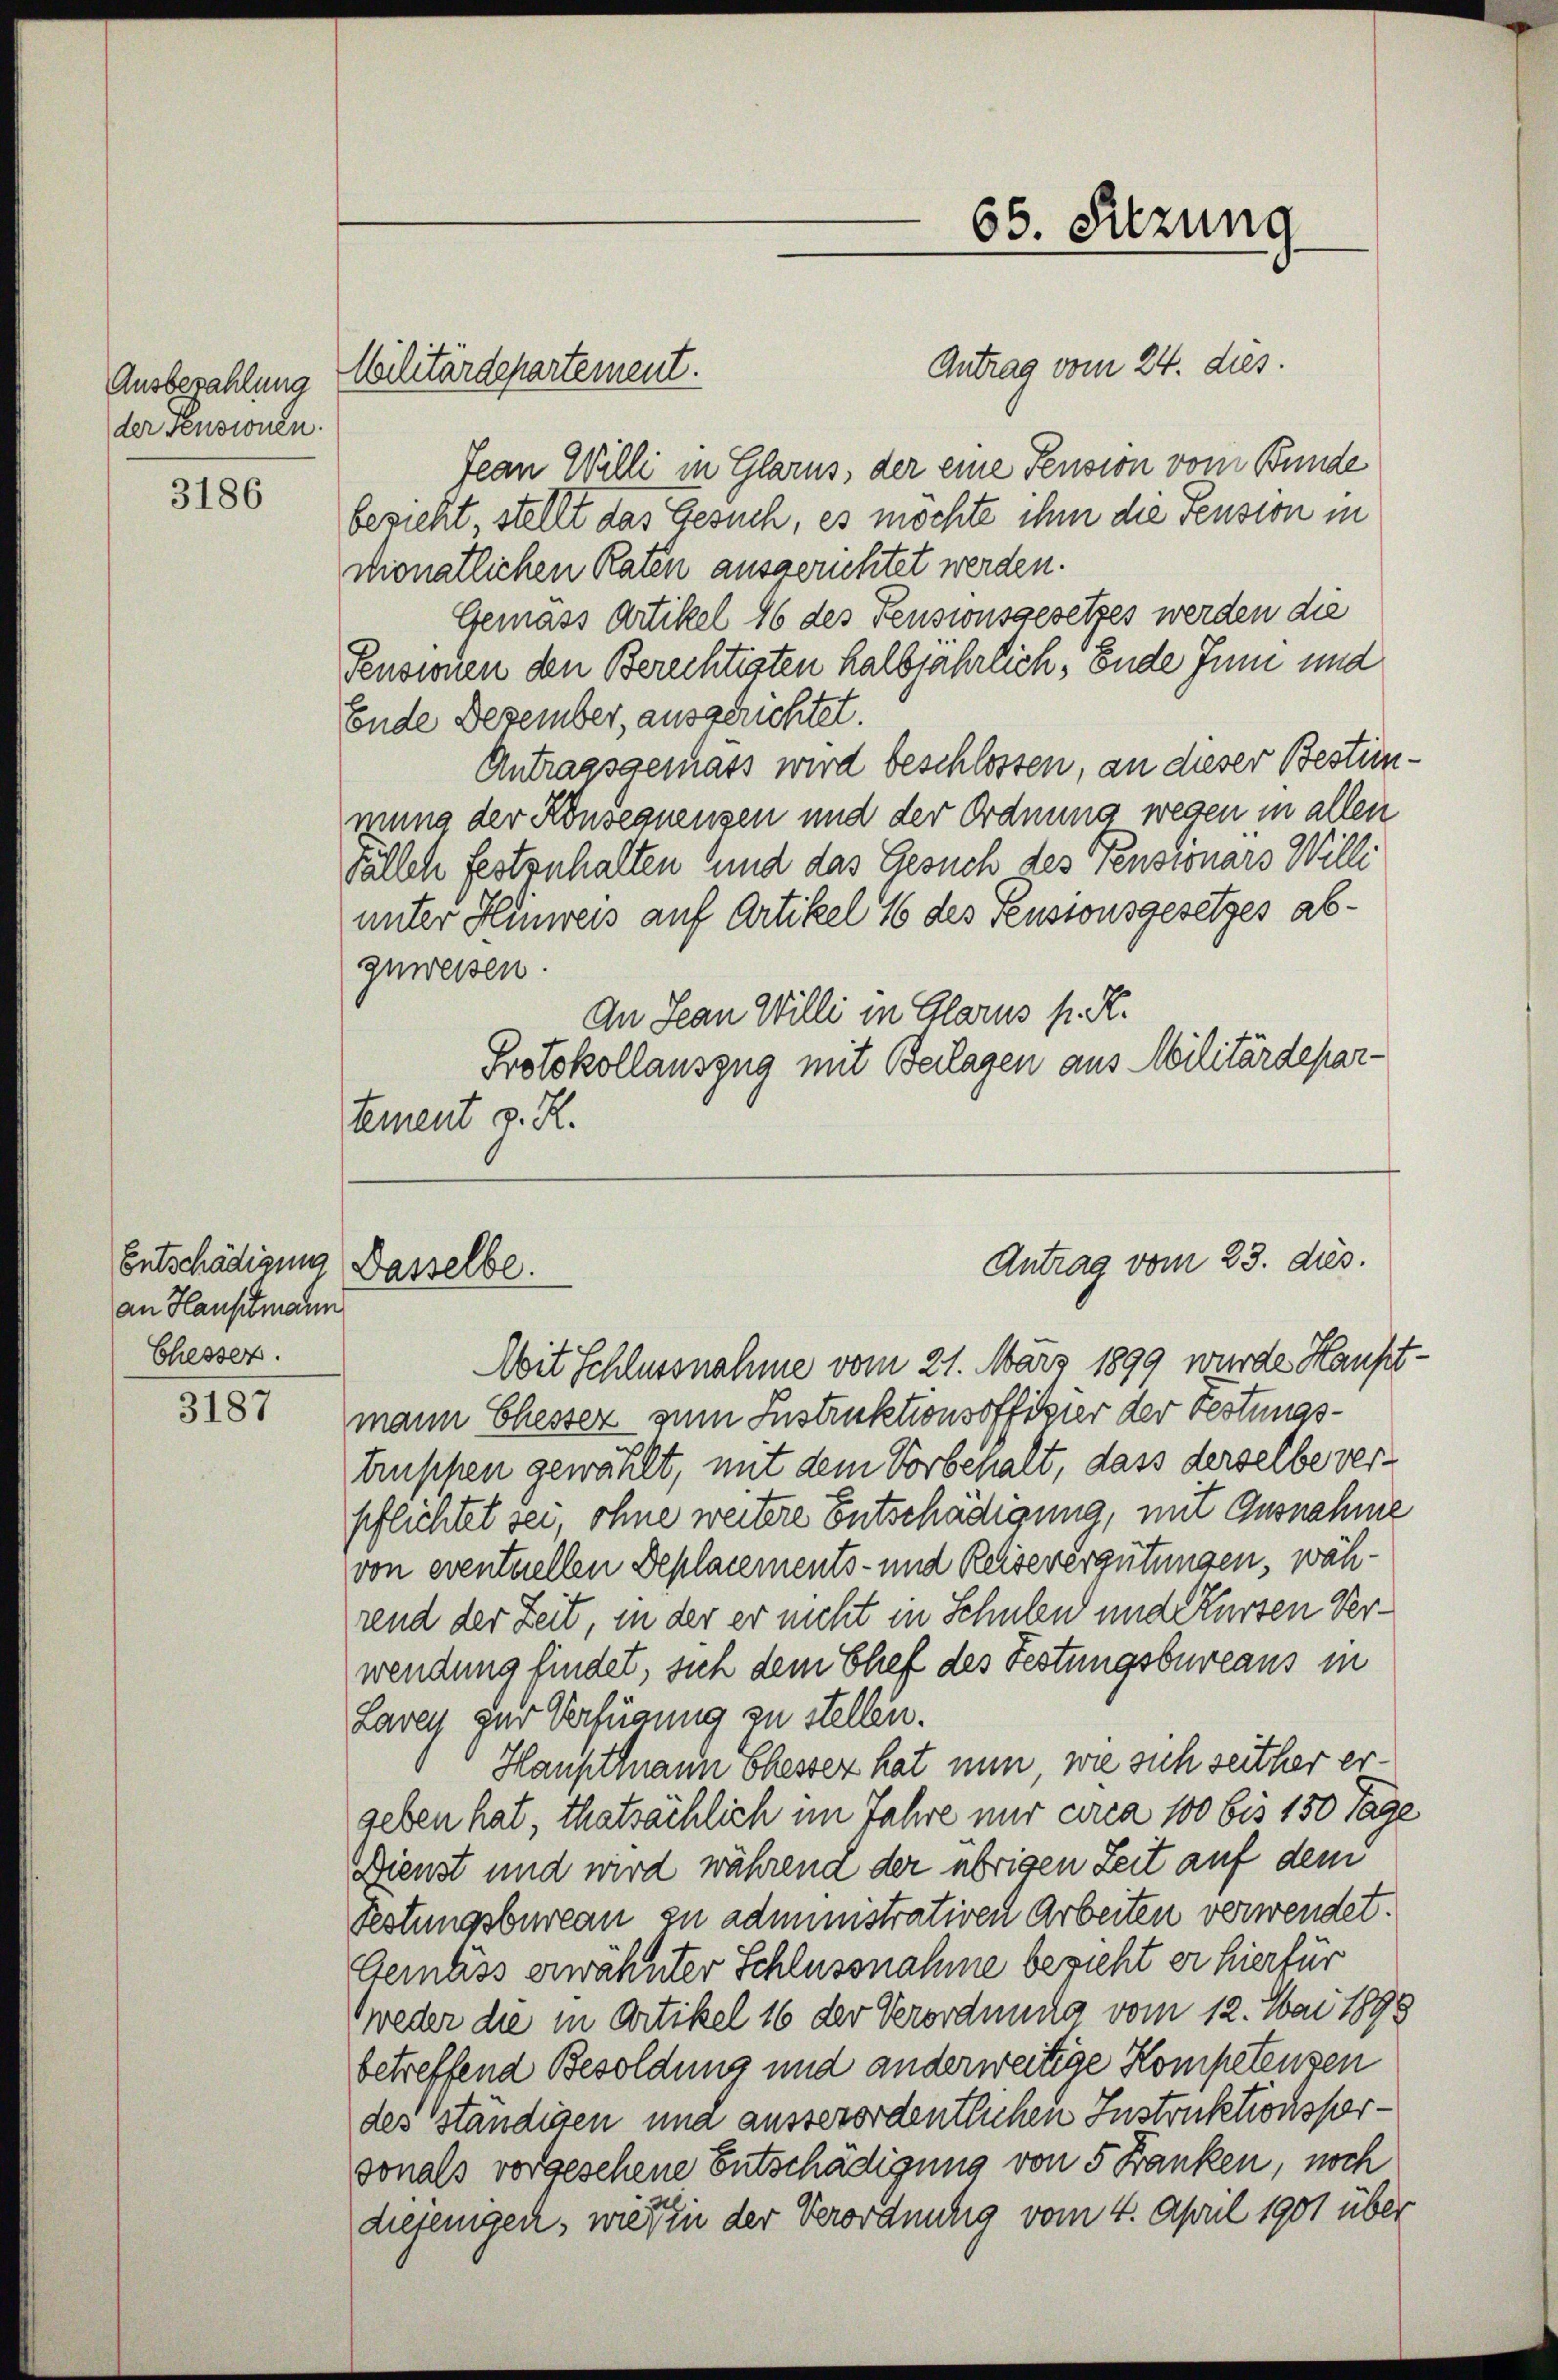
der sensionen.

3186

Entschädigung Basselbe.
an Hauptmann
Chesser.

3187

Antrag vom 24. dies.
Jean Willi in Glarus, der eine Pension vom Bunde
besicht, stellt das Gesuch, es möchte ihm die Pension in
monatlichen Raten ausgerichtet werden.
Gemäss Artikel 16 des Pensionsgesetzes werden die
Pensionen den Berichtigten halbjährlich, Ende Juni und
Ende Dezember, ausgerichtet.
Antragsgemäss wird beschlossen, an dieser Bestinmung der Konsequensen und der Ordnung wegen in allen
Fällch festzuhalten und das Gesuch des Pensionars Willi
unter Hinweis auf Artikel 16 des Pensionsgesetzes abgewessen.
An Jean Willi in Glarus s. R.
Protokollauszug mit Beilagen aus Militärdepartement v. R.

Mit Schlussnahme vom 21. März 1899 wurde Hauptmann Ehesser zum Instruktionsoffizier der Festungstruppen gewählt, mit dem Vorbehalt, dass derselbe verpflichtet sei, ohne weitere Entschädigung, mit Ausnahme
von eventuellen Deplacements- und Reisevergütungen, während der Zeit, in der er nicht in Schulen und Kurzen Verwendung findet, sich dem Chef des Festungsbureaus in
Laven zur Verfügung zu stellen.
Hauptmann besser hat nun, wie sich seither ergeben hat, thatsächlich im Jahre nur circa 100 bis 150 Tage
Dienst und wird während der übrigen Zeit auf dem
Festungsbureau zu administrativen Arbeiten verwendet.
Gemäss erwähnter Schlussnahme bezieht er hierfür
weder die in Artikel 16 der Verordnung vom 12. Mai 1898
betreffend Besoldung und anderweitige Kompetenzen
des ständisen und ausserordentlichen Instruktionsforsonals vorgesehene Entschädigung von 5 Franken, noch
diejenigen, wieden der Verordnung vom 4. April 1901 über

Ausbezahlung Militärdepartement.

65. Sitzung

Antrag vom 23. ds.